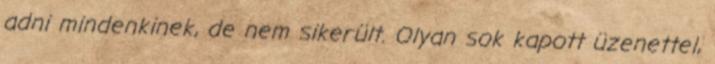
adni mindenkinek, de nem sikerült. Olyan sok kapott üzenettel,